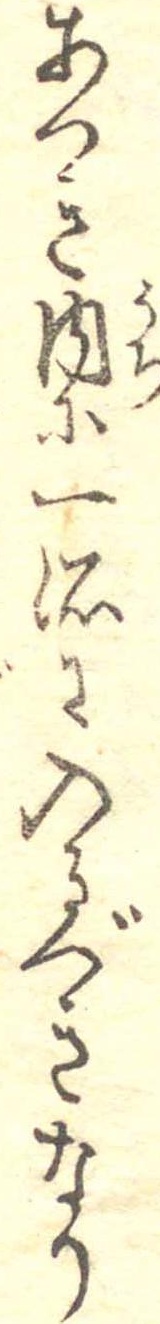
あつき内に一諸に入るべきなり